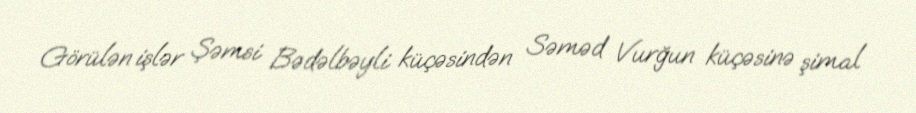
Görülən işlər Şəmsi Bədəlbəyli küçəsindən Səməd Vurğun küçəsinə şimal